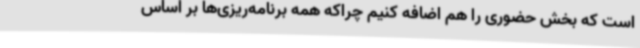
است که بخش حضوری را هم اضافه کنیم چراکه همه برنامه‌ریزی‌ها بر اساس